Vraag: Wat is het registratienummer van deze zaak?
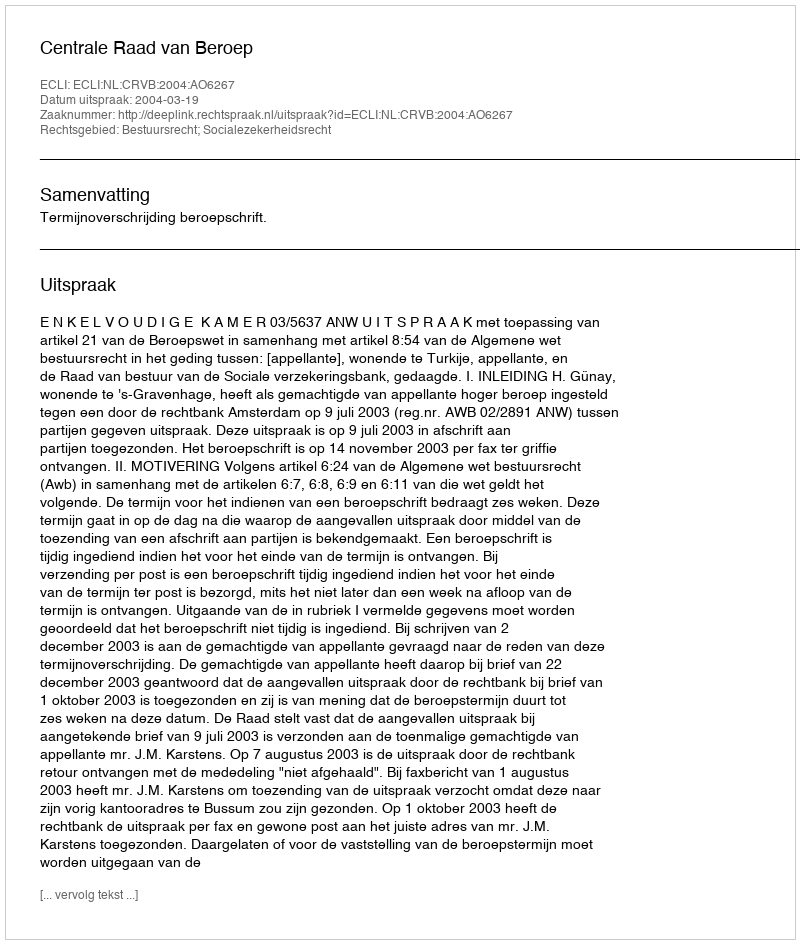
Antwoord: http://deeplink.rechtspraak.nl/uitspraak?id=ECLI:NL:CRVB:2004:AO6267